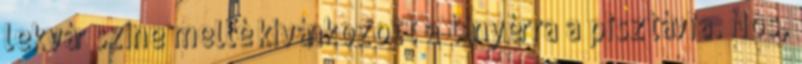
lekvár színe mellé kívánkozott a tányérra a pisztávia. Nos,